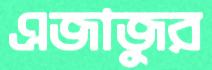
এজাজুর